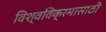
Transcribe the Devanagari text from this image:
विश्वविक्रमासाठी